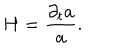
H = \frac { \partial _ { t } a } { a } .